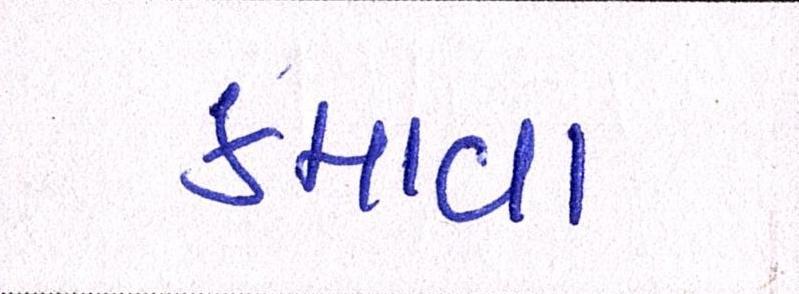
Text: કમાવા